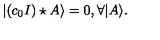
| ( c _ { 0 } I ) \star A \rangle = 0 , \forall | A \rangle .